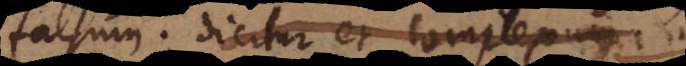
falsum, dicitur et complexum..